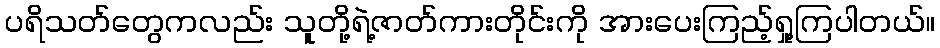
ပရိသတ်တွေကလည်း သူတို့ရဲ့ဇာတ်ကားတိုင်းကို အားပေးကြည့်ရှု့ကြပါတယ်။